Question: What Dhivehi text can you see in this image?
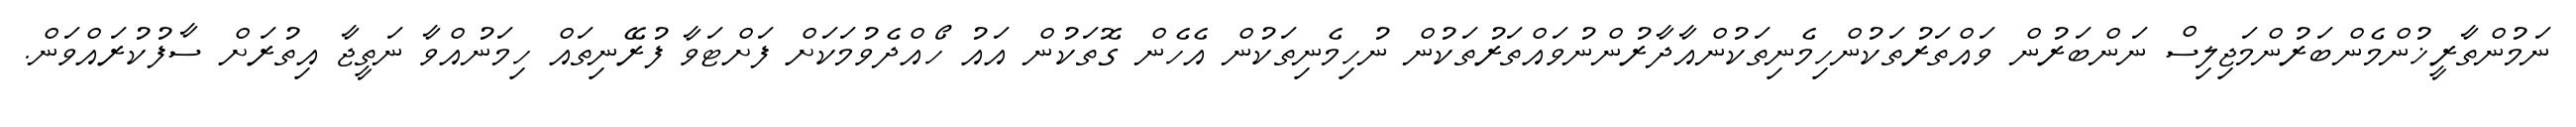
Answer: ނަމުންތާރީޚުންމެންބަރުންމަޖިލިސް ނަންބަރުން ވައްތަރުތަކުންހިމެނިތަކުންއާދާރުންނުވައްތަރުތަކުން ނުހިމެނިތަކުން އެހެން ގޮތަކުން އައު ހޯއްދެވުމަކަށް ފަށްޓަވާ ފުރޭނިތައް ހިމަނުއްވާ ނަތީޖާ އިތުރަށް ސާފުކުރައްވަން.